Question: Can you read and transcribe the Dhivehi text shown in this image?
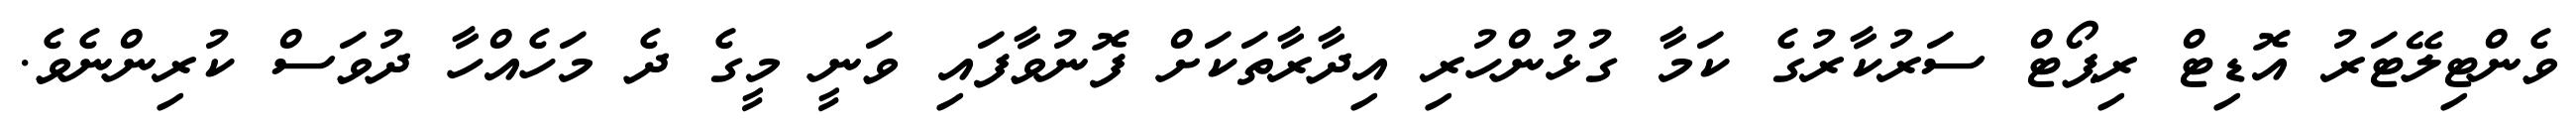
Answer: ވެންޓިލޭޓަރު އޮޑިޓް ރިޕޯޓް ސަރުކާރުގެ ކަމާ ގުޅުންހުރި އިދާރާތަކަށް ފޮނުވާފައި ވަނީ މީގެ ދެ މަހެއްހާ ދުވަސް ކުރިންނެވެ.